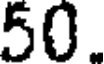
50.